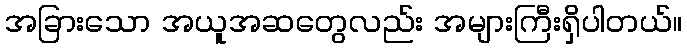
အခြားသော အယူအဆတွေလည်း အများကြီးရှိပါတယ်။